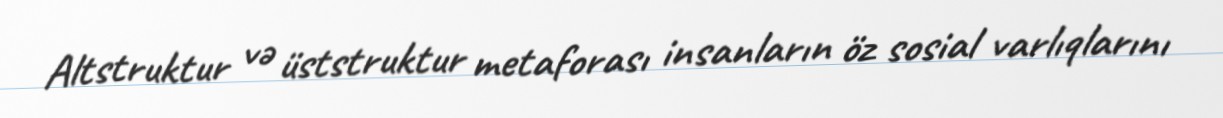
Altstruktur və üststruktur metaforası insanların öz sosial varlıqlarını